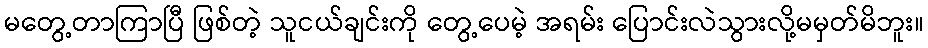
မတွေ့တာကြာပြီ ဖြစ်တဲ့ သူငယ်ချင်းကို တွေ့ပေမဲ့ အရမ်း ပြောင်းလဲသွားလို့မမှတ်မိဘူး။